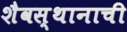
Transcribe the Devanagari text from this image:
शैवस्थानाची